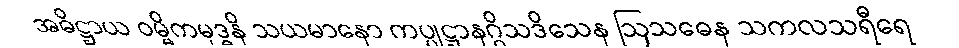
အဓိဋ္ဌာယ ဝမ္မိကမုဒ္ဓနိ သယမာနော ကပ္ပုဋ္ဌာနဂ္ဂိသဒိသေန ဩသဓေန သကလသရီရေ